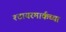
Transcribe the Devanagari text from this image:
श्टायरमार्कच्या